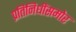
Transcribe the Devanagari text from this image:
प्रतिनिधींसमोर